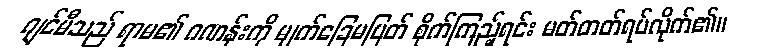
ဂျင်မီသည် ရာမ၏ ဂဏန်းကို မျက်ခြေမပြတ် စိုက်ကြည့်ရင်း မတ်တတ်ရပ်လိုက်၏။